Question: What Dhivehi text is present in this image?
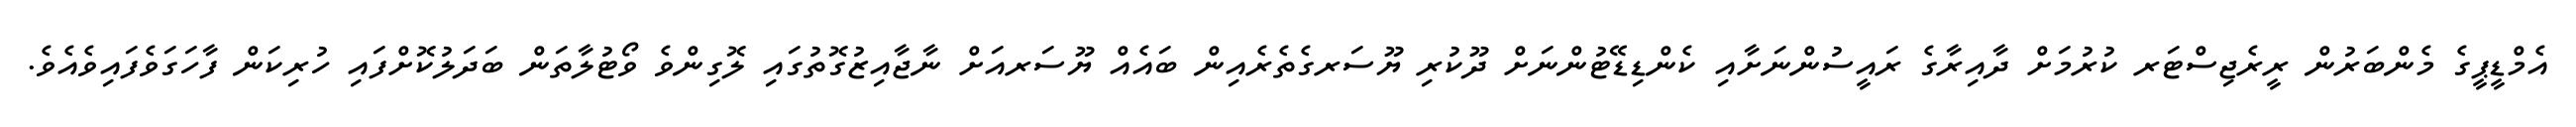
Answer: އެމްޑީޕީގެ މެންބަރުން ރީރެޖިސްޓަރ ކުރުމަށް ދާއިރާގެ ރައީސުންނަށާއި ކެންޑިޑޭޓުންނަށް ދޫކުރި ޔޫސަރގެތެރެއިން ބައެއް ޔޫސަރއަށް ނާޖާއިޒުގޮތުގައި ލޮގިންވެ ވޯޓުލާތަން ބަދަލުކޮށްފައި ހުރިކަން ފާހަގަވެފައިވެއެވެ.